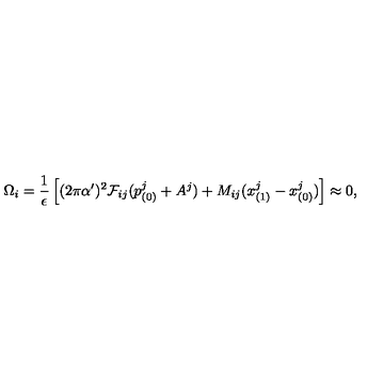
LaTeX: \Omega _ { i } = \frac { 1 } { \epsilon } \left[ ( 2 \pi \alpha ^ { \prime } ) ^ { 2 } { \cal F } _ { i j } ( p _ { ( 0 ) } ^ { j } + A ^ { j } ) + M _ { i j } ( x _ { ( 1 ) } ^ { j } - x _ { ( 0 ) } ^ { j } ) \right] \approx 0 ,